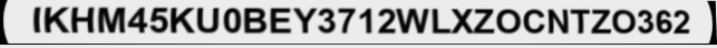
IKHM45KU0BEY3712WLXZOCNTZO362